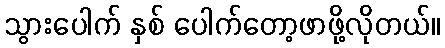
သွားပေါက် နှစ် ပေါက်တော့ဖာဖို့လိုတယ်။